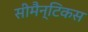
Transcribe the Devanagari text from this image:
सीमैन्टिकस